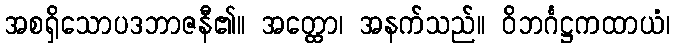
အစရှိသောပဒဘာဇနီ၏။ အတ္ထော၊ အနက်သည်။ ဝိဘင်္ဂဋ္ဌကထာယံ၊